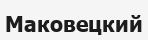
Маковецкий